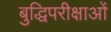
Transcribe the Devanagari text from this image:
बुद्धिपरीक्षाओं